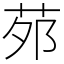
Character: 茒